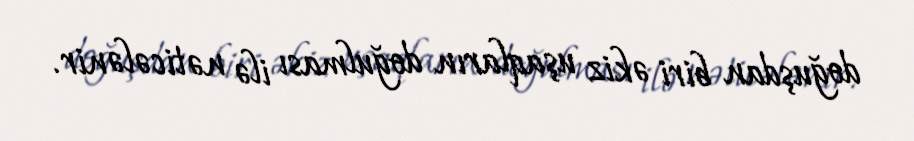
doğuşdan biri əkiz uşaqların doğulması ilə nəticələnir.